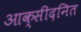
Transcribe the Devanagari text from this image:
आक्सीदनित